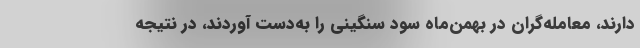
دارند، معامله‌گران در بهمن‌ماه‌ سود سنگینی را به‌دست آوردند، در نتیجه